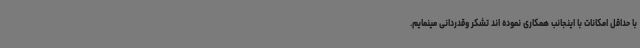
با حداقل امکانات با اینجانب همکاری نموده اند تشکر وقدردانی مینمایم.